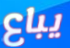
يباع